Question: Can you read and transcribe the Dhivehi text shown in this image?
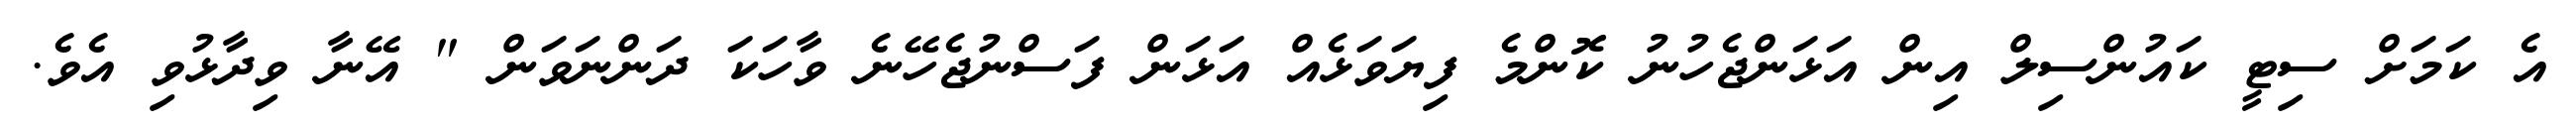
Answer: އެ ކަމަށް ސިޓީ ކައުންސިލް އިން އަޅަންޖެހުނު ކޮންމެ ފިޔަވަޅެއް އަޅަން ފަސްނުޖެހޭނެ ވާހަކަ ދަންނަވަން " އޭނާ ވިދާޅުވި އެވެ.